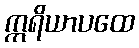
ဣရိယာပထေ